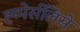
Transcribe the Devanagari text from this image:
ह्य्पेर्सलिसे